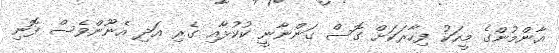
އާންމުންގެ މީހަކު ފިހާރަކަށް ގޮސް ގަންނާނީ ކުކުޅާއި ގެރި އަދި އެނޫންވެސް ފޮނި